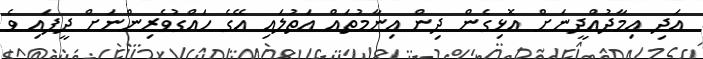
އަދި އިމާދުއްދީނަށް އޮޅިގެން ދިން އިނާމުތައް އަތުލައި އޭގެ ހައްގުވެރިންނަށް ދީފައި ވެ